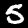
Digit: 5